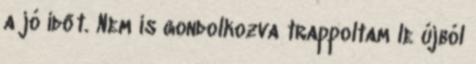
a jó időt. Nem is gondolkozva trappoltam le újból